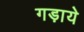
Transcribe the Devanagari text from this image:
गड़ाये